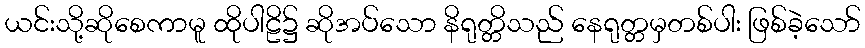
ယင်းသို့ဆိုစေကာမူ ထိုပါဠိ၌ ဆိုအပ်သော နိရုတ္တိသည် နေရုတ္တမှတစ်ပါး ဖြစ်ခဲ့သော်